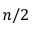
n / 2